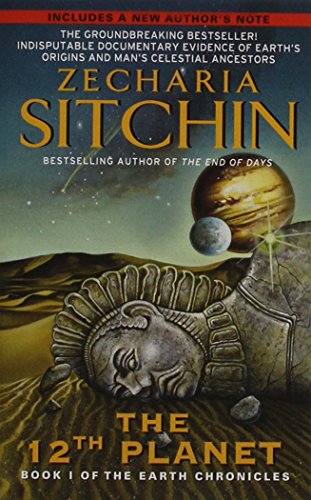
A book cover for Twelfth Planet: Book I of the Earth Chronicles (The Earth Chronicles); Zecharia Sitchin; Science & Math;